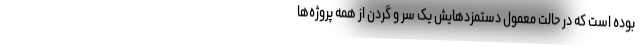
بوده است که در حالت معمول دستمزدهایش یک سر و گردن از همه پروژه‌ها